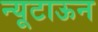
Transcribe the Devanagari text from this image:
न्यूटाऊन